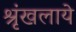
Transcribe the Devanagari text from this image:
श्रृंखलाये